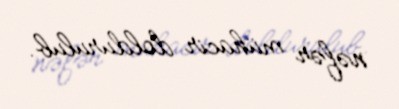
nəfər mühacir doldurulub.